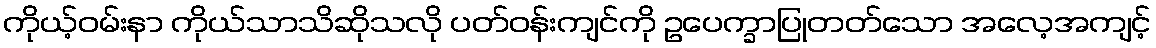
ကိုယ့်ဝမ်းနာ ကိုယ်သာသိဆိုသလို ပတ်ဝန်းကျင်ကို ဥပေက္ခာပြုတတ်သော အလေ့အကျင့်